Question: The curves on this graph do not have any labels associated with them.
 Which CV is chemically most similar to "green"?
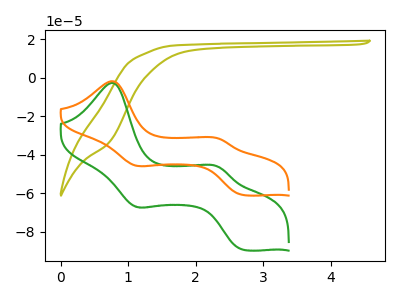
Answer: <think>The olive curve "olive" has no peaks. The green curve "green" has anodic peaks at (0.75V, -2.70uA) (2.35V, -46.40uA) and cathodic peaks at (1.10V, -66.85uA) (2.70V, -89.35uA). The orange curve "orange" has anodic peaks at (0.75V, -1.85uA) (2.35V, -31.65uA) and cathodic peaks at (1.10V, -45.60uA) (2.70V, -60.90uA).
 "olive" and "green" have a different number of peaks. "olive" and "orange" have a different number of peaks. All the peaks in "green" have a peak in "orange" at the same potential.</think>
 <answer>The CV with the most similar shape to "orange" is "green".</answer>
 <eval>"green"</eval>